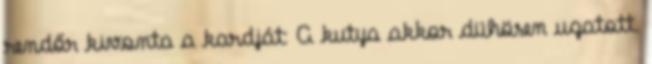
rendőr kivonta a kardját: A kutya akkor dühösen ugatott.